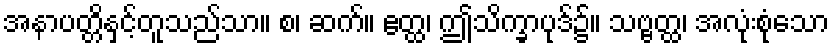
အနာပတ္တိနှင့်တူသည်သာ။ စ၊ ဆက်။ ဧတ္ထ၊ ဤသိက္ခာပုဒ်၌။ သဗ္ဗတ္ထ၊ အလုံးစုံသော